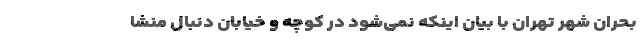
بحران شهر تهران با بیان اینکه نمی‌شود در کوچه و خیابان دنبال منشا